65_HS1-834228961_62-HQ-83894_Section_9
Agency: FBI
Page 228
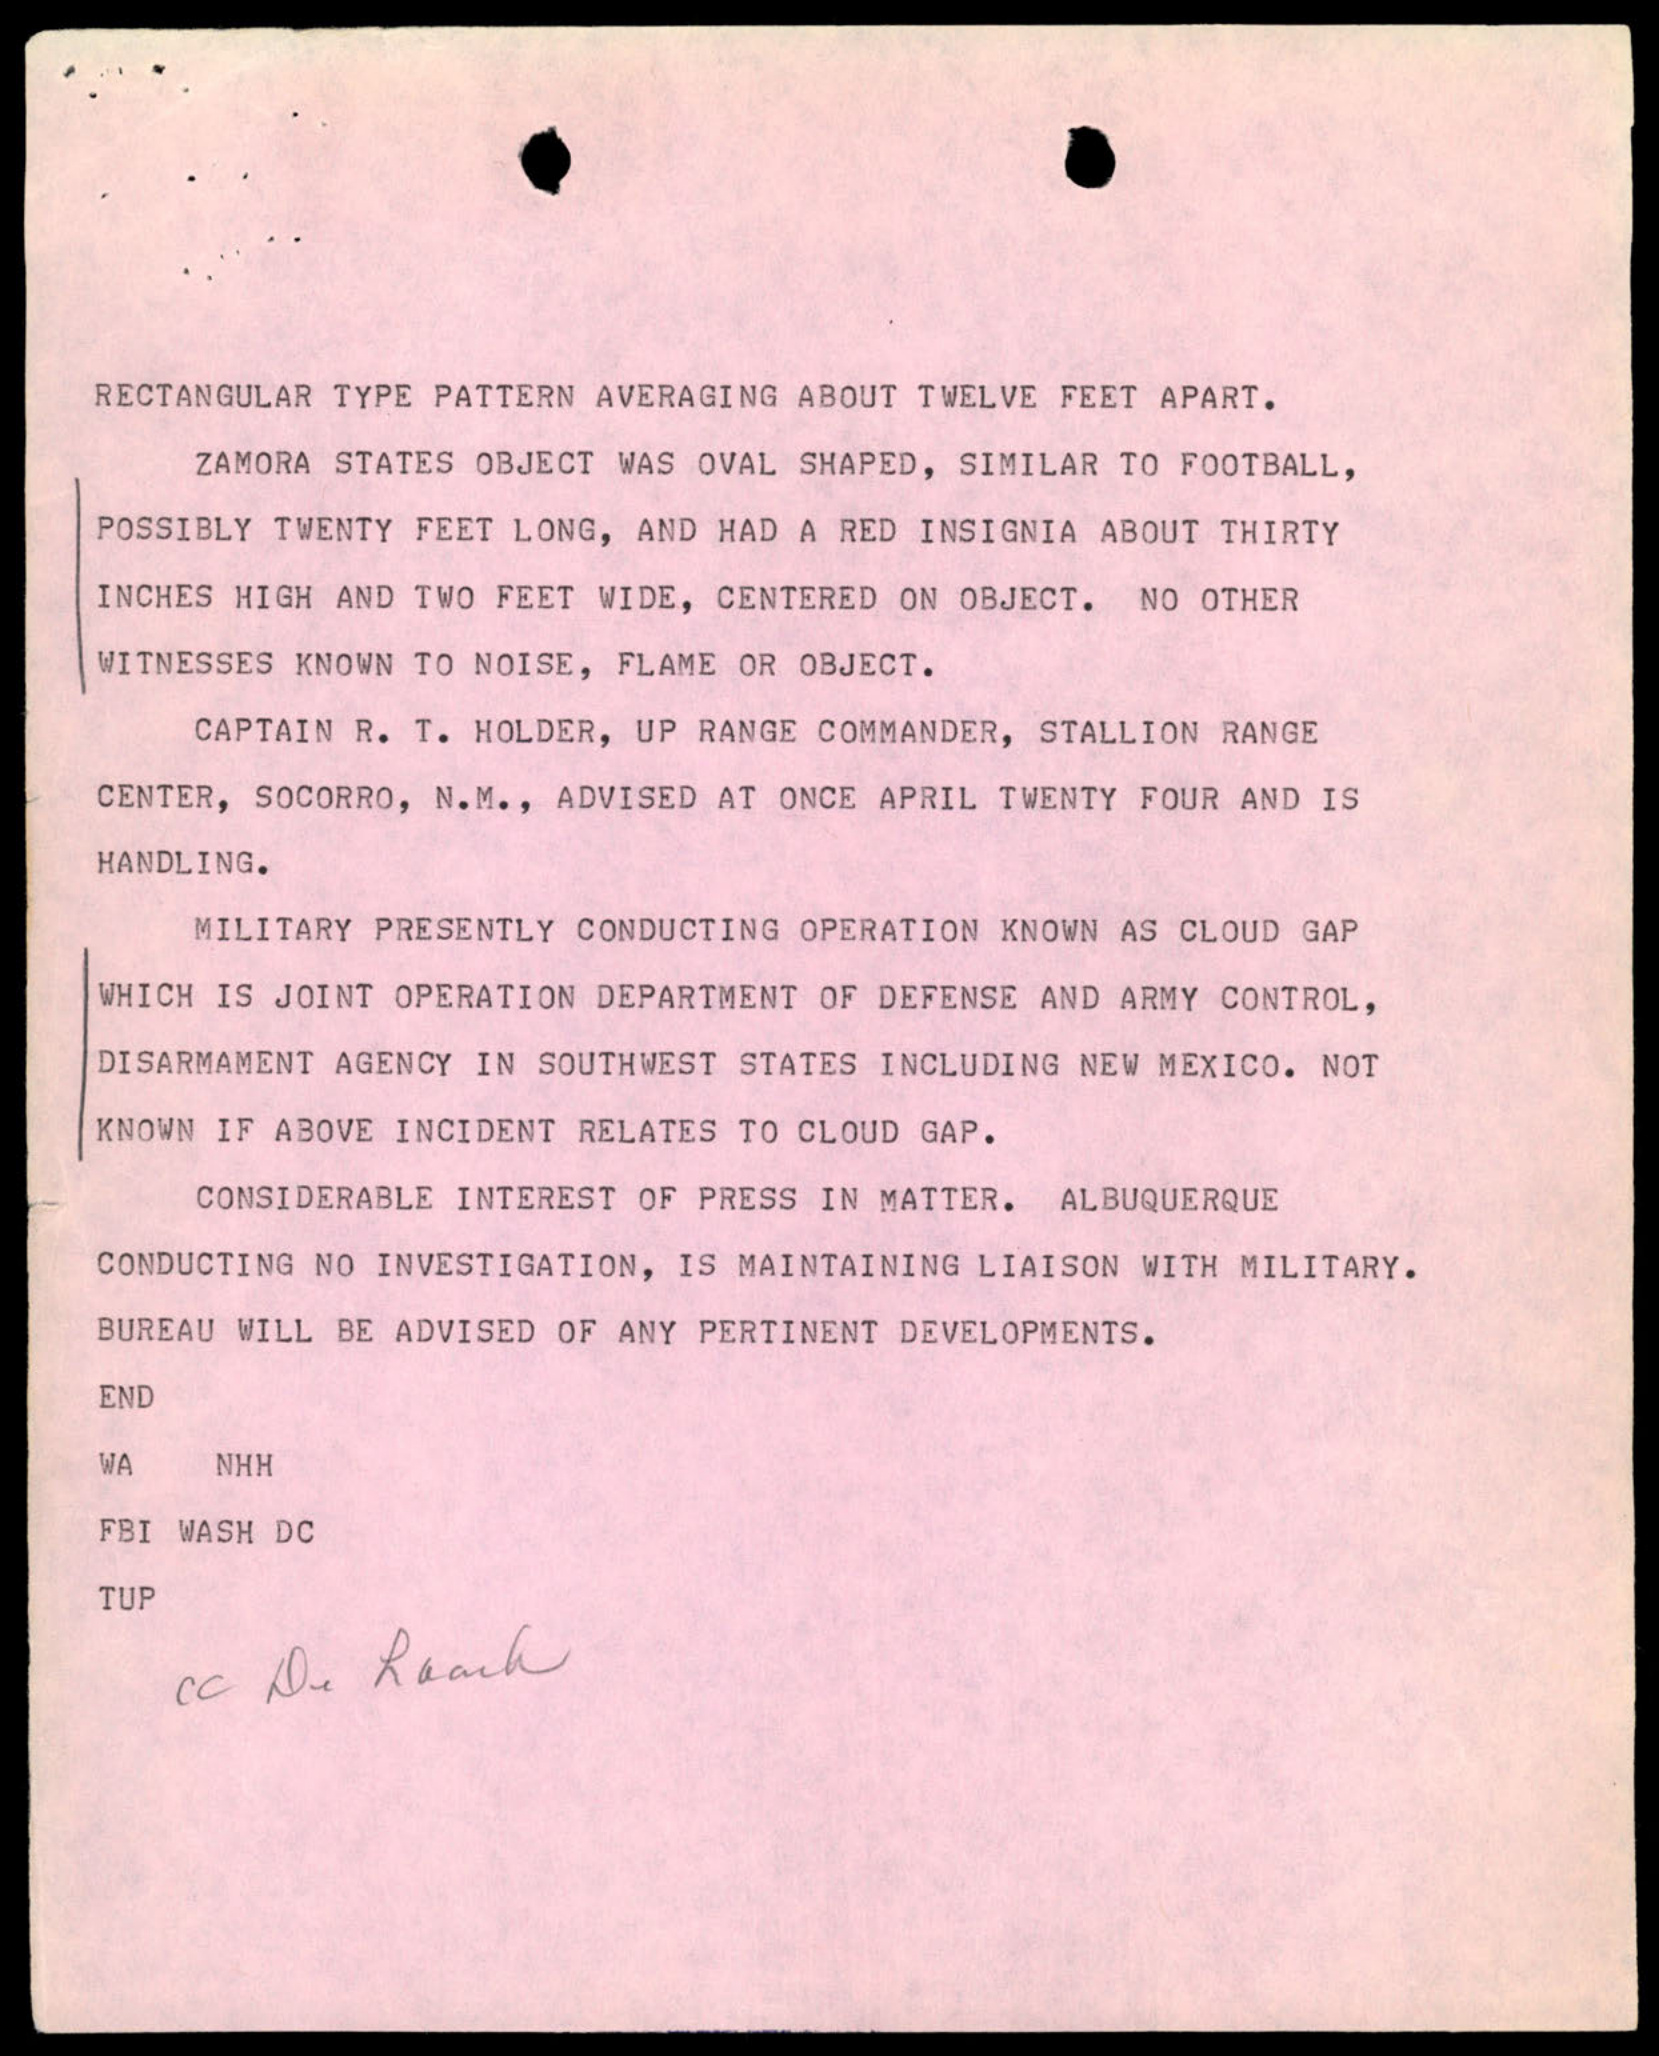